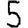
Digit: 5